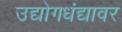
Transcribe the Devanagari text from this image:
उद्योगधंद्यावर